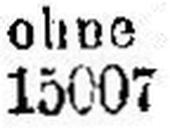
15007